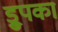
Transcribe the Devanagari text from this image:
ड्रुपका